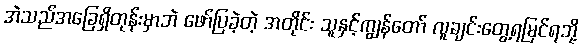
အဲသည်အခြေရှိတုန်းမှာဘဲ ဖော်ပြခဲ့တဲ့ အတိုင်း သူနှင့်ကျွန်တော် လူချင်းတွေ့ရမြင်ရဘို့